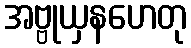
အဗ္ဗုယှနဟေတု